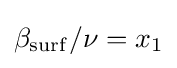
\beta _{\mathrm {surf} }/\nu =x_{1}